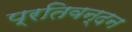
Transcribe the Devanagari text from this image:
प्रतिवन्दन